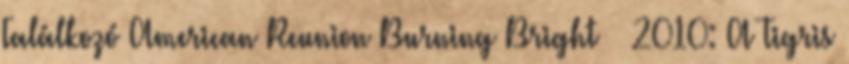
Találkozó American Reunion Burning Bright – 2010: A Tigris